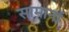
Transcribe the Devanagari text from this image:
सामानॉ